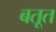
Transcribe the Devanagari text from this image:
बतूत